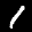
Label: 1